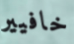
خافيير